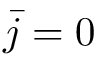
\bar { j } = 0